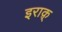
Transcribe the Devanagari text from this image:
इराक़्